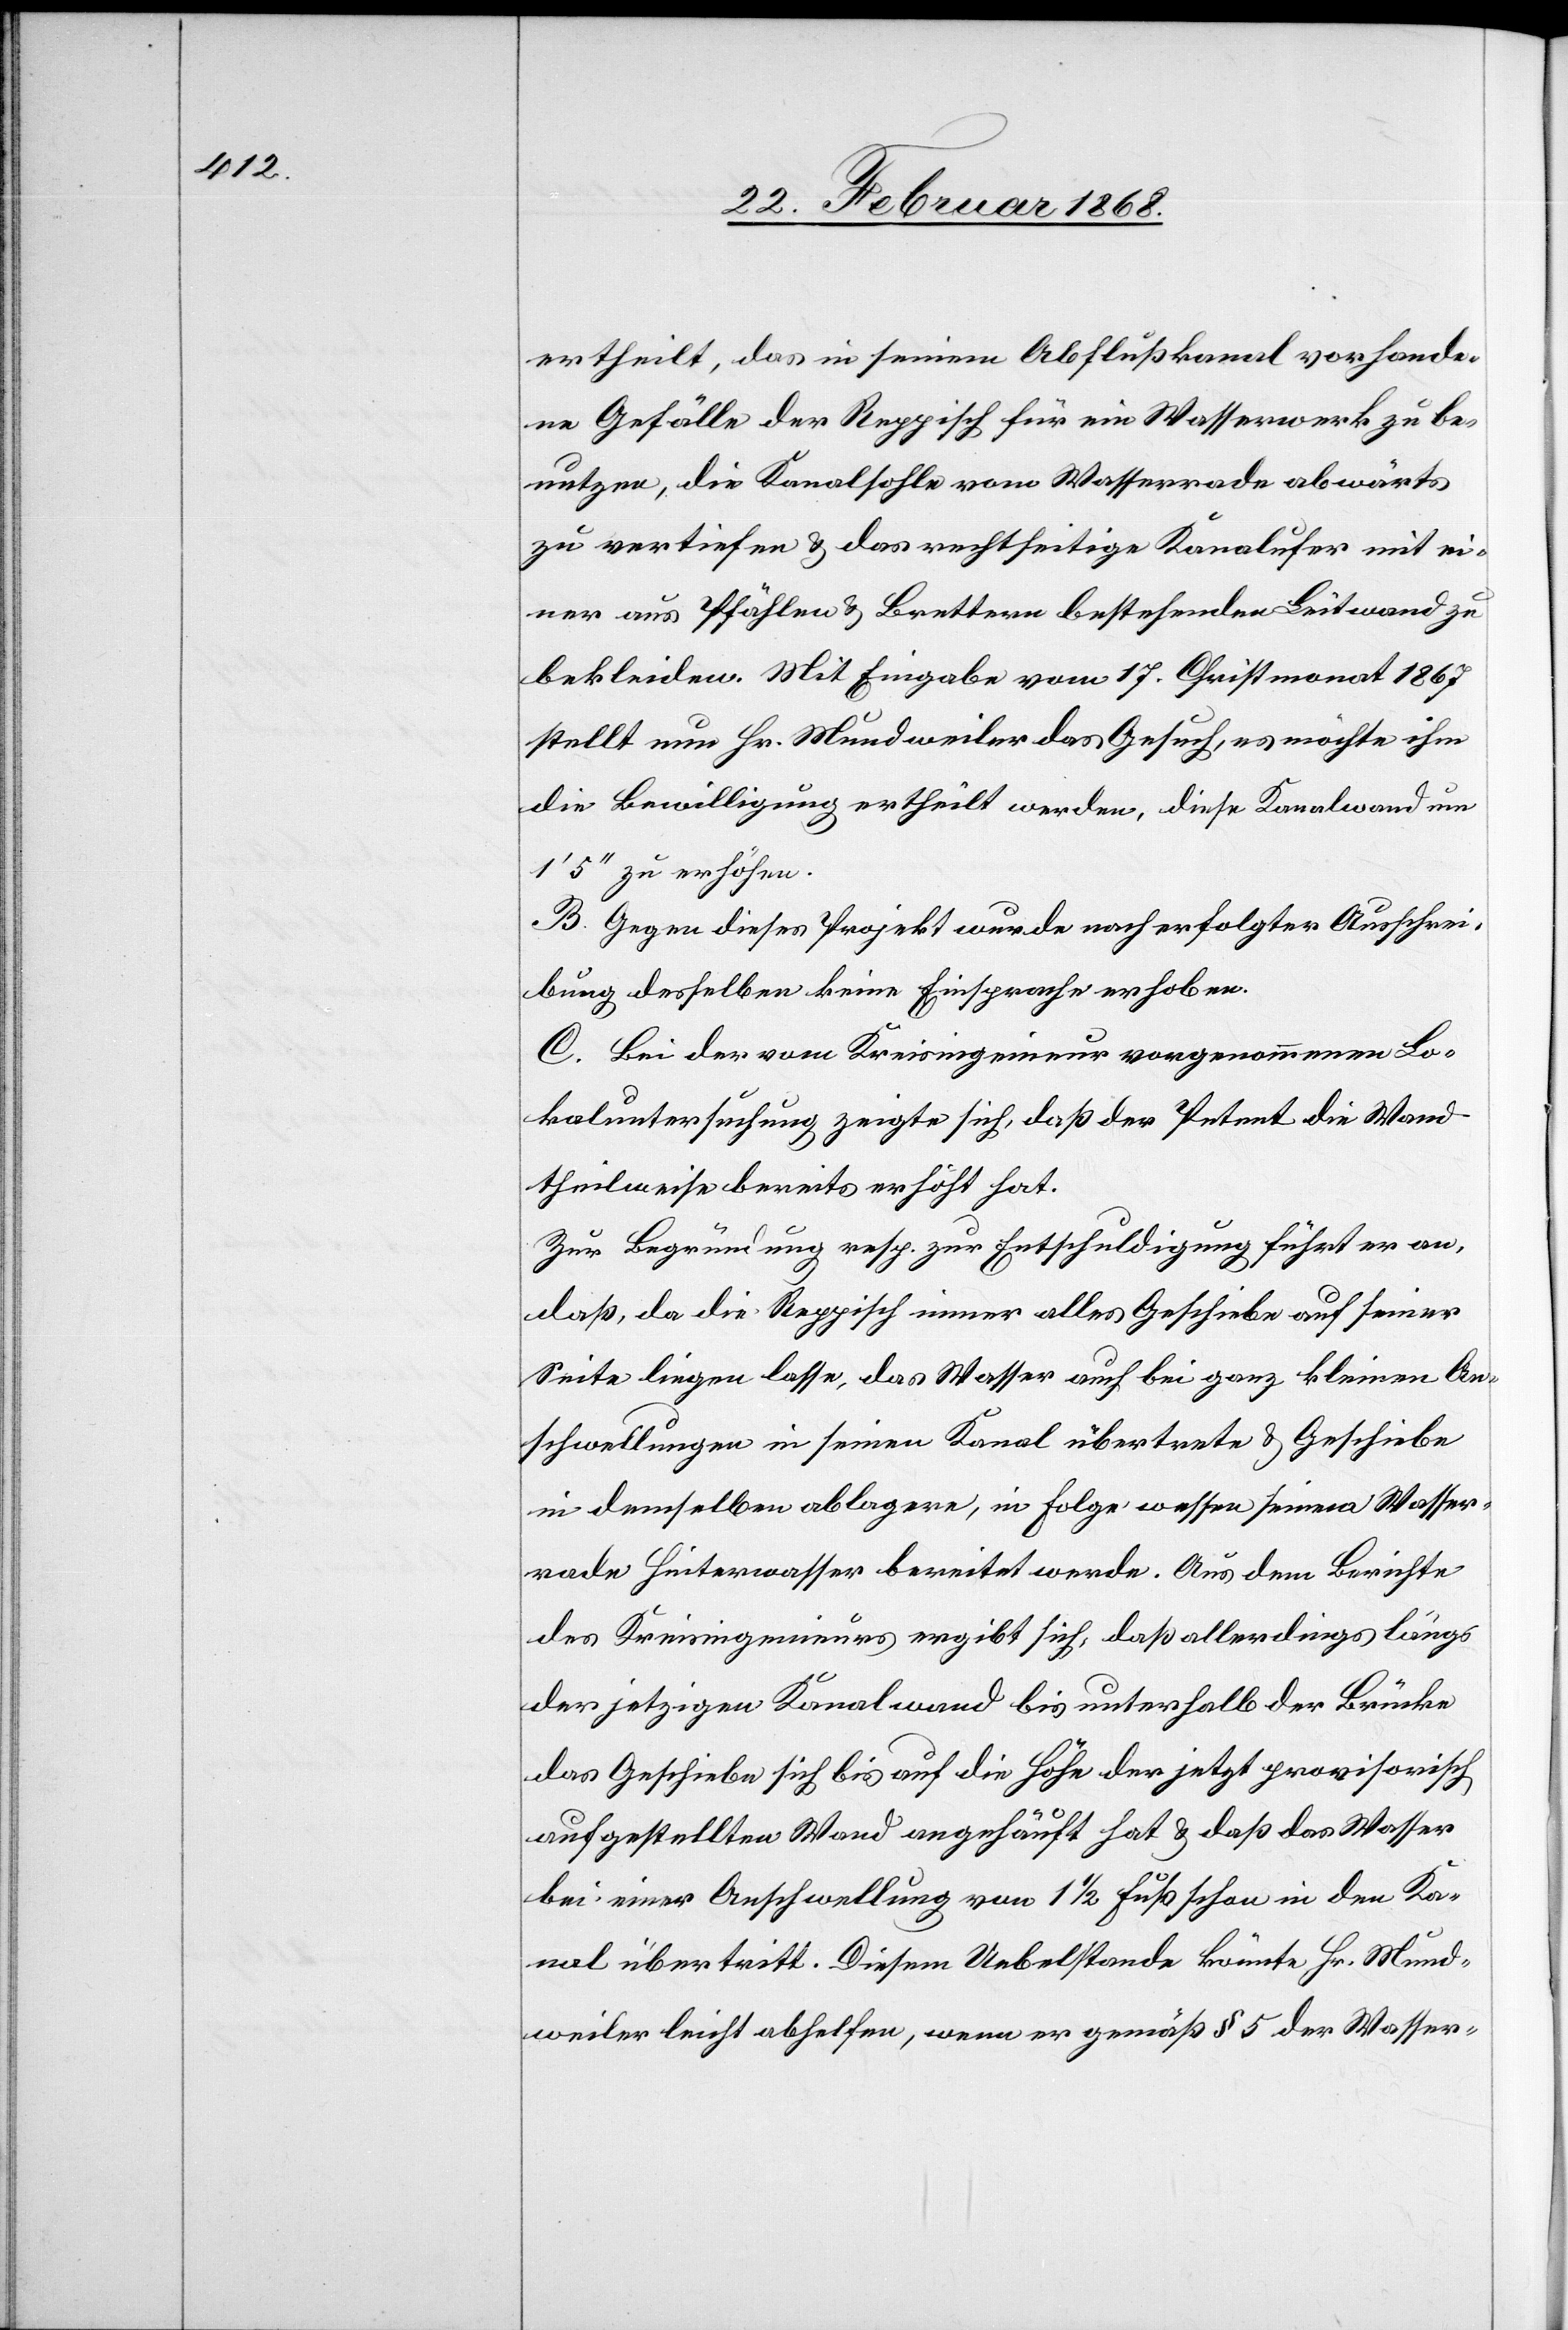
ertheilt, das in seinem Abflußkanal vorhande¬
ne Gefälle der Reppisch für ein Wasserwerk zu be¬
nutzen, die Kanalsohle vom Wasserrade abwärts
zu vertiefen & das rechtseitige Kanalufer mit ei¬
ner aus Pfählen & Brettern bestehenden Leitwand zu
bekleiden. Mit Eingabe vom 17. Christmonat 1867
stellt nun Hr. Mundweiler das Gesuch, es möchte ihm
die Bewilligung ertheilt werden, diese Kanalwand um
1‘ 5‘‘ zu erhöhen.
B. Gegen dieses Projekt wurde nach erfolgter Ausschrei¬
bung desselben keine Einsprache erhoben.
C. Bei der vom Kreisingenieur vorgenommenen Lo¬
kaluntersuchung zeigte sich, daß der Petent die Wand
theilweise bereits erhöht hat.
Zur Begründung resp. zur Entschuldigung führt er an,
daß, da die Reppisch immer alles Geschiebe auf seiner
Seite liegen lasse, das Wasser auch bei ganz kleinen An¬
schwellungen in seinen Kanal übertrete & Geschiebe
in demselben ablagere, in Folge wessen seinem Wasser¬
rade Hinterwasser bereitet werde. Aus dem Berichte
des Kreisingenieurs ergibt sich, daß allerdings längs
der jetzigen Kanalwand bis unterhalb der Brücke
das Geschiebe sich bis auf die Höhe der jetzt provisorisch
aufgestellten Wand angehäuft hat & daß das Wasser
bei einer Anschwellung von 1 1/2 Fuß schon in den Ka¬
nal übertritt. Diesem Uebelstande könnte Hr. Mund¬
weiler leicht abhelfen, wenn er gemäß § 5 der Wasser-